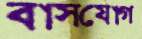
বাসযোগ